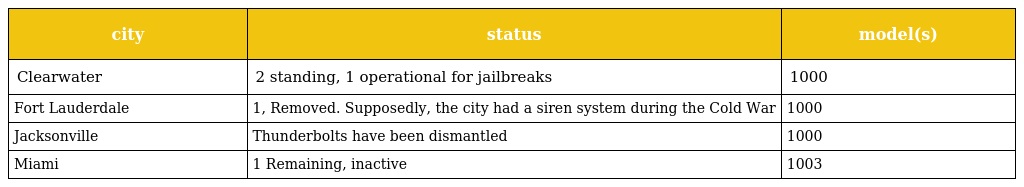
| city | status | model(s) |
 | --- | --- | --- |
 | Clearwater | 2 standing, 1 operational for jailbreaks | 1000 |
 | Fort Lauderdale | 1, Removed. Supposedly, the city had a siren system during the Cold War | 1000 |
 | Jacksonville | Thunderbolts have been dismantled | 1000 |
 | Miami | 1 Remaining, inactive | 1003 |